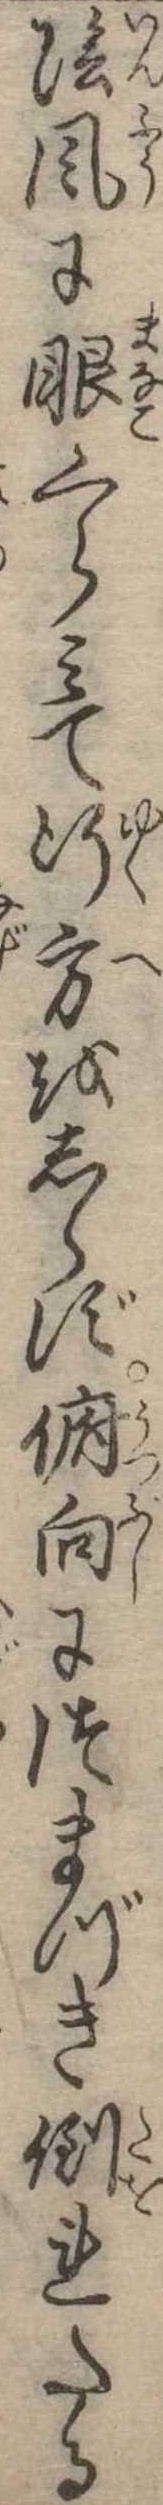
陰風に眼くらみて行方をしらず俯向につまづき倒れたる